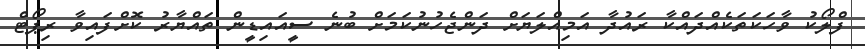
ފްލޯކު ވާހަކަތަކެއްދައްކާ ރައުދާ އަމިއްލަޔަށް ދަންޖެހުނުކަމަށް ބުނެ ސީއައިޑީން ތައްޔާރު ކޮށްފައިވާ ރިޕޯޓް